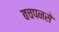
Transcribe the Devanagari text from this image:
बचपनसे